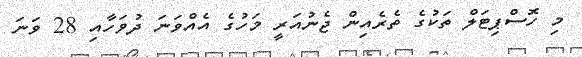
މި ހޮސްޕިޓަލް ތަކުގެ ތެރެއިން ޖެނުއަރީ މަހުގެ އެއްވަނަ ދުވަހާއި 28 ވަނަ